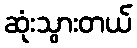
ဆုံးသွားတယ်